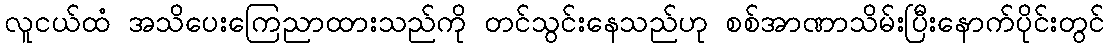
လူငယ်ထံ အသိပေးကြေညာထားသည်ကို တင်သွင်းနေသည်ဟု စစ်အာဏာသိမ်းပြီးနောက်ပိုင်းတွင်